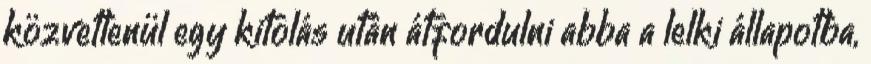
közvetlenül egy kitolás után átfordulni abba a lelki állapotba,